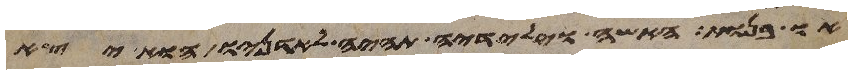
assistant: או בנות האשה וילידיה תהיה לאדניו והוא יצא